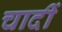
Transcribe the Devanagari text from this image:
चादीं